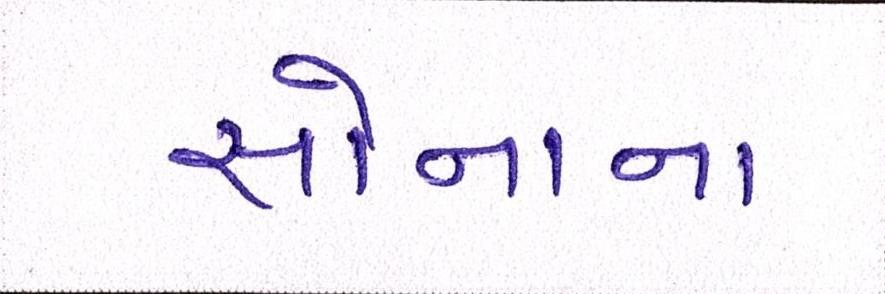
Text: સોનાના